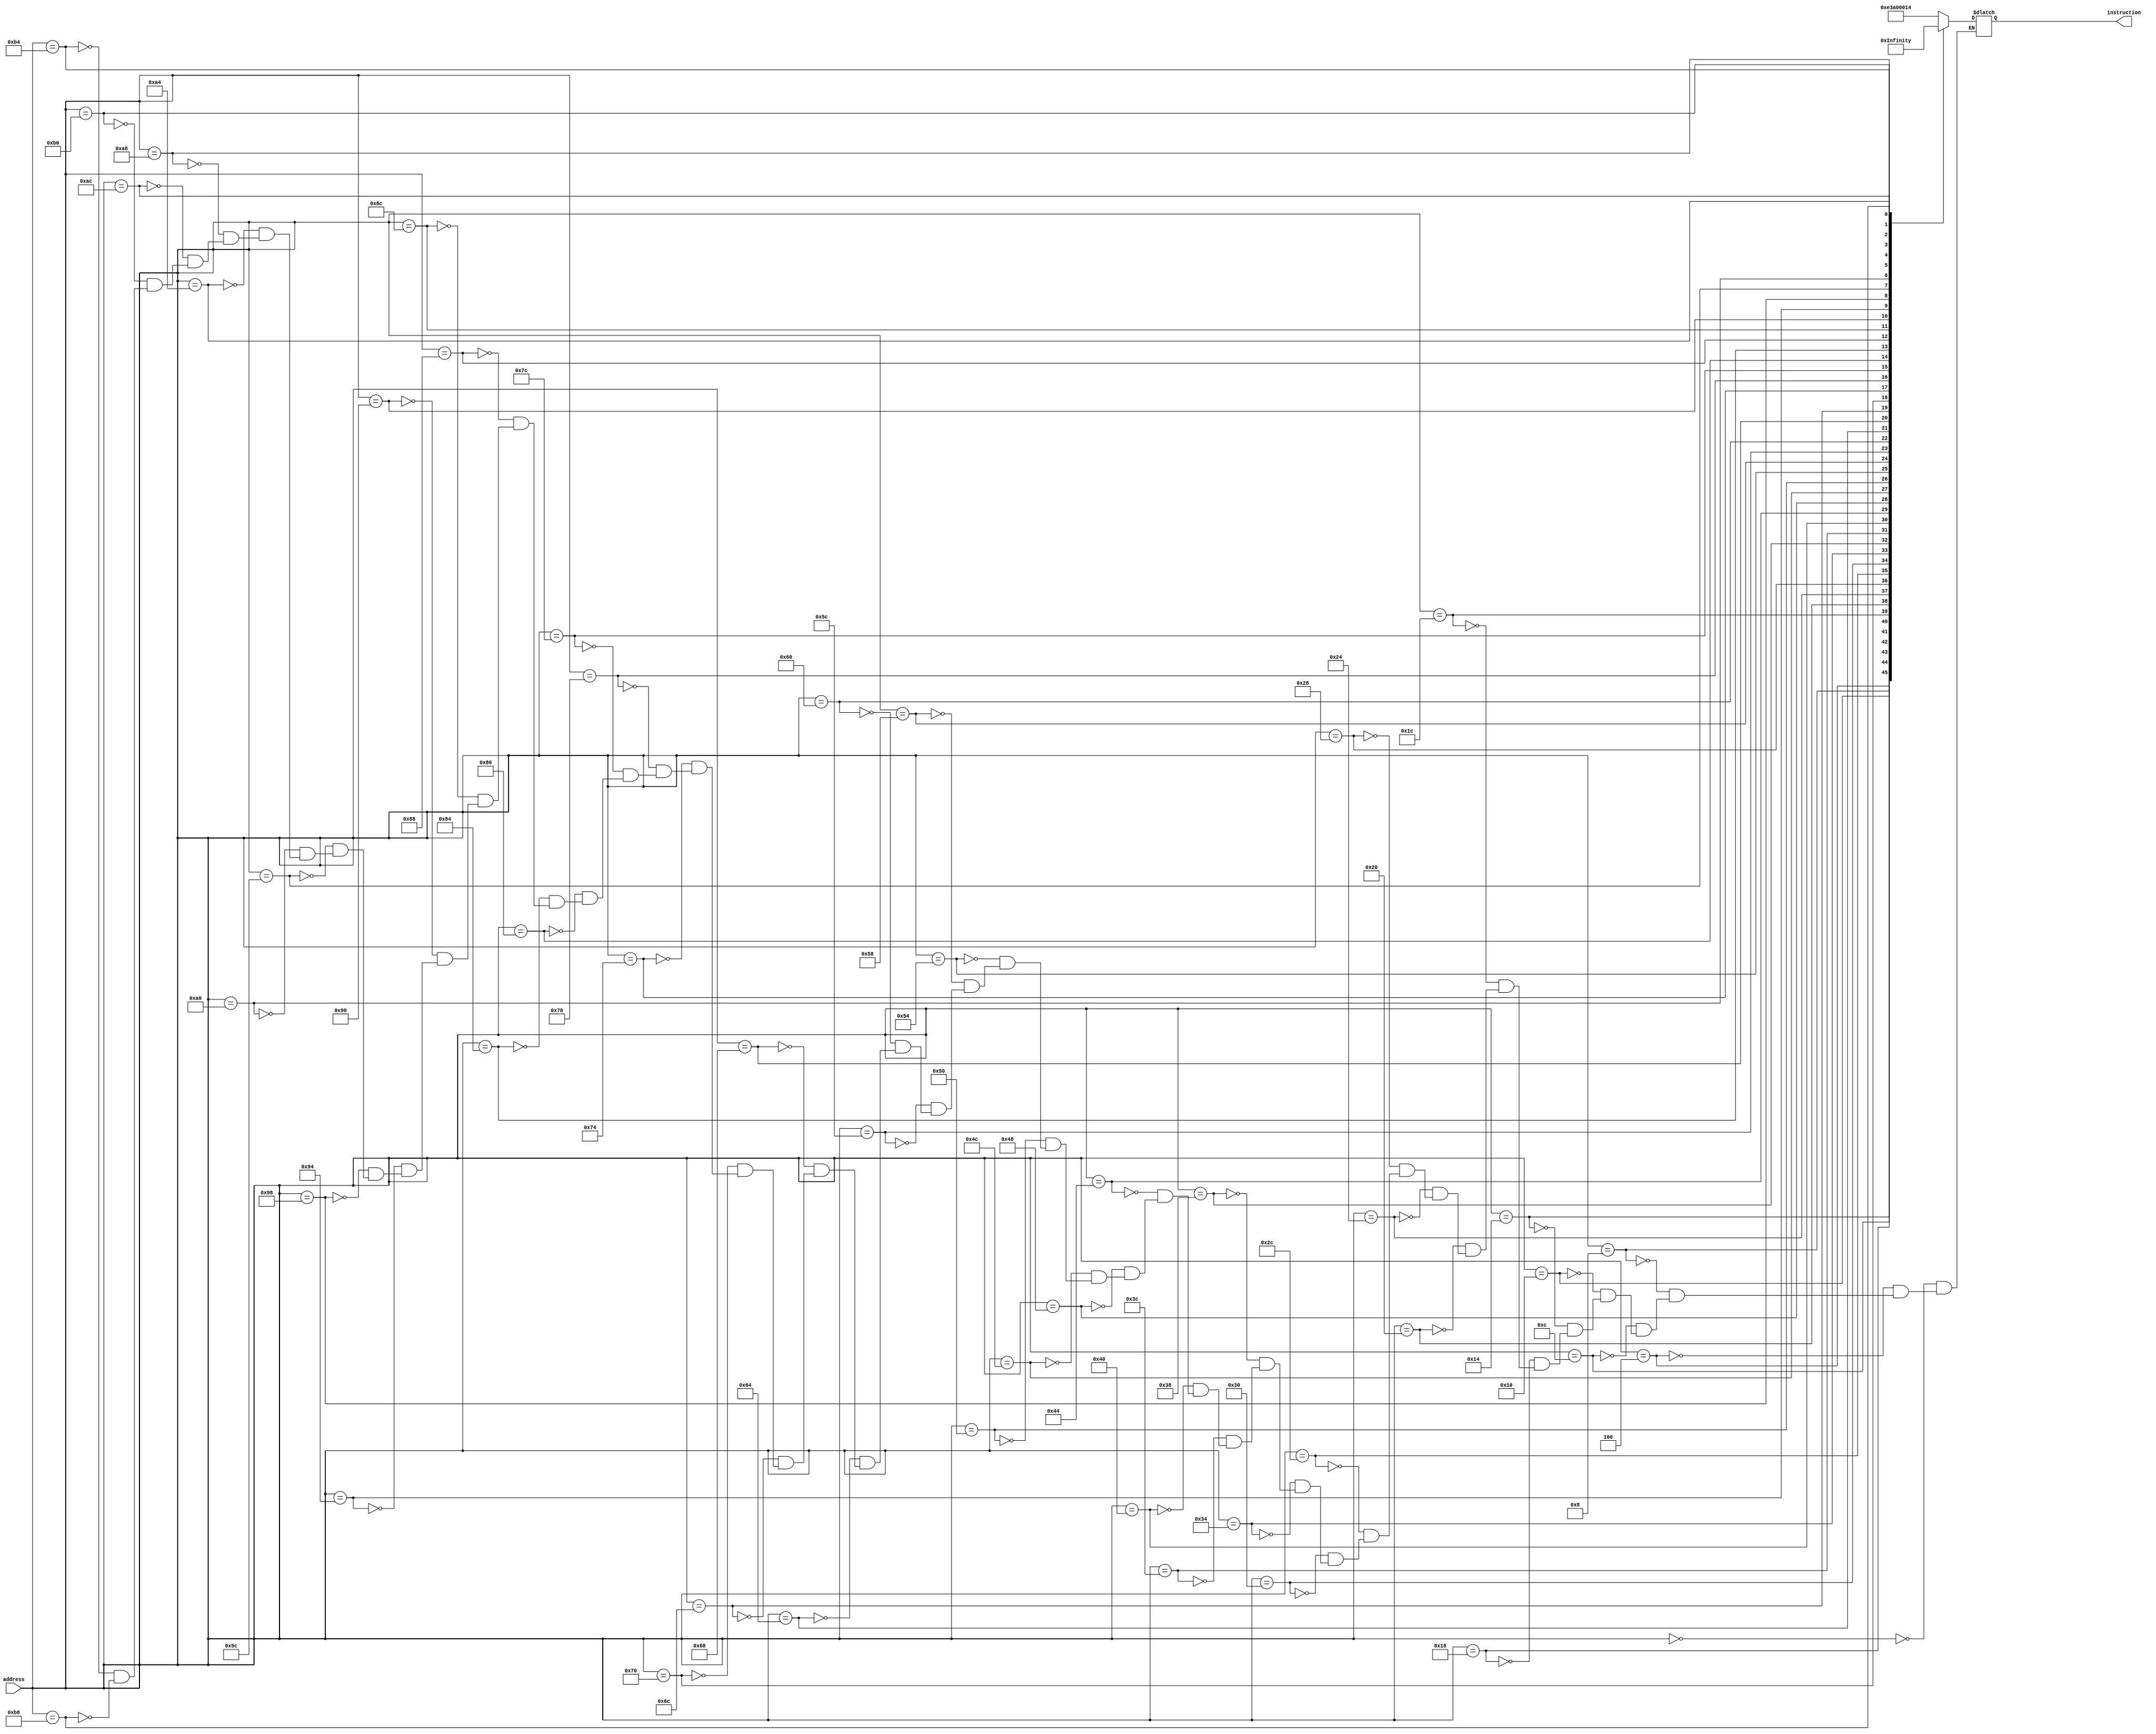
module Instruction_Memory(
    input[31:0] address,
    output reg[31:0] instruction
    );

    always @(address)
    case (address)
      32'd0: instruction <= 32'b1110_00_1_1101_0_0000_0000_000000010100; //MOV		R0 ,#20 		//R0 = 20
      32'd4: instruction <= 32'b1110_00_1_1101_0_0000_0001_101000000001; //MOV		R1 ,#4096		//R1 = 4096
      32'd8: instruction <= 32'b1110_00_1_1101_0_0000_0010_000100000011; //MOV		R2 ,#0xC0000000	//R2 = -1073741824
      32'd12: instruction <= 32'b1110_00_0_0100_1_0010_0011_000000000010; //ADDS		R3, R2, R2		//R3 = -2147483648 
      32'd16: instruction <= 32'b1110_00_0_0101_0_0000_0100_000000000000; //ADC		R4 ,R0,R0		//R4 = 41
      32'd20: instruction <= 32'b1110_00_0_0010_0_0100_0101_000100000100; //SUB		R5 ,R4,R4,LSL #2	//R5 = -123
      32'd24: instruction <= 32'b1110_00_0_0110_0_0000_0110_000010100000; //SBC		R6 ,R0,R0,LSR #1	//R6 = 10
      32'd28: instruction <= 32'b1110_00_0_1100_0_0101_0111_000101000010; //ORR		R7 ,R5,R2,ASR #2	//R7 = -123
      32'd32: instruction <= 32'b1110_00_0_0000_0_0111_1000_000000000011; //AND		R8 ,R7,R3		//R8 = -2147483648
      32'd36: instruction <= 32'b1110_00_0_1111_0_0000_1001_000000000110; //MVN		R9 ,R6		//R9 = -11
      32'd40: instruction <= 32'b1110_00_0_0001_0_0100_1010_000000000101; //EOR		R10,R4,R5	//R10 = -84
      32'd44: instruction <= 32'b1110_00_0_1010_1_1000_0000_000000000110; //CMP		R8 ,R6		
      32'd48: instruction <= 32'b0001_00_0_0100_0_0001_0001_000000000001; //ADDNE		R1 ,R1,R1		//R1 = 8192
      32'd52: instruction <= 32'b1110_00_0_1000_1_1001_0000_000000001000; //TST		R9 ,R8		
      32'd56: instruction <= 32'b0000_00_0_0100_0_0010_0010_000000000010; //ADDEQ		R2 ,R2,R2   	//R2 = -1073741824
      32'd60: instruction <= 32'b1110_00_1_1101_0_0000_0000_101100000001; //MOV		R0 ,#1024		//R0 = 1024
      32'd64: instruction <= 32'b1110_01_0_0100_0_0000_0001_000000000000; //STR		R1 ,[R0],#0	//MEM[1024] = 8192
      32'd68: instruction <= 32'b1110_01_0_0100_1_0000_1011_000000000000; //LDR		R11,[R0],#0	//R11 = 8192
      32'd72: instruction <= 32'b1110_01_0_0100_0_0000_0010_000000000100; //STR		R2 ,[R0],#4	//MEM[1028] = -1073741824
      32'd76: instruction <= 32'b1110_01_0_0100_0_0000_0011_000000001000; //STR		R3 ,[R0],#8	//MEM[1032] = -2147483648
      32'd80: instruction <= 32'b1110_01_0_0100_0_0000_0100_000000001101; //STR		R4 ,[R0],#13	//MEM[1036] = 41
      32'd84: instruction <= 32'b1110_01_0_0100_0_0000_0101_000000010000; //STR		R5 ,[R0],#16	//MEM[1040] = -123
      32'd88: instruction <= 32'b1110_01_0_0100_0_0000_0110_000000010100; //STR		R6 ,[R0],#20	//MEM[1044] = 10
      32'd92: instruction <= 32'b1110_01_0_0100_1_0000_1010_000000000100; //LDR		R10,[R0],#4	//R10 = -1073741824
      32'd96: instruction <= 32'b1110_01_0_0100_0_0000_0111_000000011000; //STR		R7 ,[R0],#24	//MEM[1048] = -123
      32'd100: instruction <= 32'b1110_00_1_1101_0_0000_0001_000000000100; //MOV		R1 ,#4		//R1 = 4
      32'd104: instruction <= 32'b1110_00_1_1101_0_0000_0010_000000000000; //MOV		R2 ,#0		//R2 = 0
      32'd108: instruction <= 32'b1110_00_1_1101_0_0000_0011_000000000000; //MOV		R3 ,#0		//R3 = 0
      32'd112: instruction <= 32'b1110_00_0_0100_0_0000_0100_000100000011; //ADD		R4 ,R0,R3,LSL #2	
      32'd116: instruction <= 32'b1110_01_0_0100_1_0100_0101_000000000000; //LDR		R5 ,[R4],#0
      32'd120: instruction <= 32'b1110_01_0_0100_1_0100_0110_000000000100; //LDR		R6 ,[R4],#4
      32'd124: instruction <= 32'b1110_00_0_1010_1_0101_0000_000000000110; //CMP		R5 ,R6
      32'd128: instruction <= 32'b1100_01_0_0100_0_0100_0110_000000000000; //STRGT		R6 ,[R4],#0
      32'd132: instruction <= 32'b1100_01_0_0100_0_0100_0101_000000000100; //STRGT		R5 ,[R4],#4
      32'd136: instruction <= 32'b1110_00_1_0100_0_0011_0011_000000000001; //ADD		R3 ,R3,#1
      32'd140: instruction <= 32'b1110_00_1_1010_1_0011_0000_000000000011; //CMP		R3 ,#3
      32'd144: instruction <= 32'b1011_10_1_0_111111111111111111110111; //BLT		#-9
      32'd148: instruction <= 32'b1110_00_1_0100_0_0010_0010_000000000001; //ADD		R2 ,R2,#1
      32'd152: instruction <= 32'b1110_00_0_1010_1_0010_0000_000000000001; //CMP		R2 ,R1
      32'd156: instruction <= 32'b1011_10_1_0_111111111111111111110011; //BLT		#-13
      32'd160: instruction <= 32'b1110_01_0_0100_1_0000_0001_000000000000; //LDR		R1 ,[R0],#0	//R1 = -2147483648
      32'd164: instruction <= 32'b1110_01_0_0100_1_0000_0010_000000000100; //LDR		R2 ,[R0],#4	//R2 = -1073741824
      32'd168: instruction <= 32'b1110_01_0_0100_1_0000_0011_000000001000; //LDR		R3 ,[R0],#8	//R3 = 41
      32'd172: instruction <= 32'b1110_01_0_0100_1_0000_0100_000000001100; //LDR		R4 ,[R0],#12	//R4 = 8192
      32'd176: instruction <= 32'b1110_01_0_0100_1_0000_0101_000000010000; //LDR		R5 ,[R0],#16	//R5 = -123
      32'd180: instruction <= 32'b1110_01_0_0100_1_0000_0110_000000010100; //LDR		R6 ,[R0],#20	//R6= 10
      32'd184: instruction <= 32'b1110_10_1_0_111111111111111111111111; //B		#-1
    endcase

endmodule